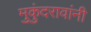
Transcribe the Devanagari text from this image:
मुकुंदरावांनी